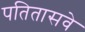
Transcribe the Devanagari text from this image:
पतितासवे